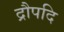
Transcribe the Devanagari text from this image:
द्रौपदि